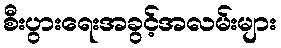
စီးပွားရေးအခွင့်အလမ်းများ